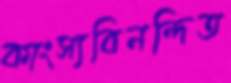
কাংস্যবিনন্দিত